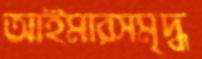
আইমারসমৃদ্ধ